Report of an investigation into the causes of malaria in Bombay and the measures necessary for its control
Disease focus: Malaria
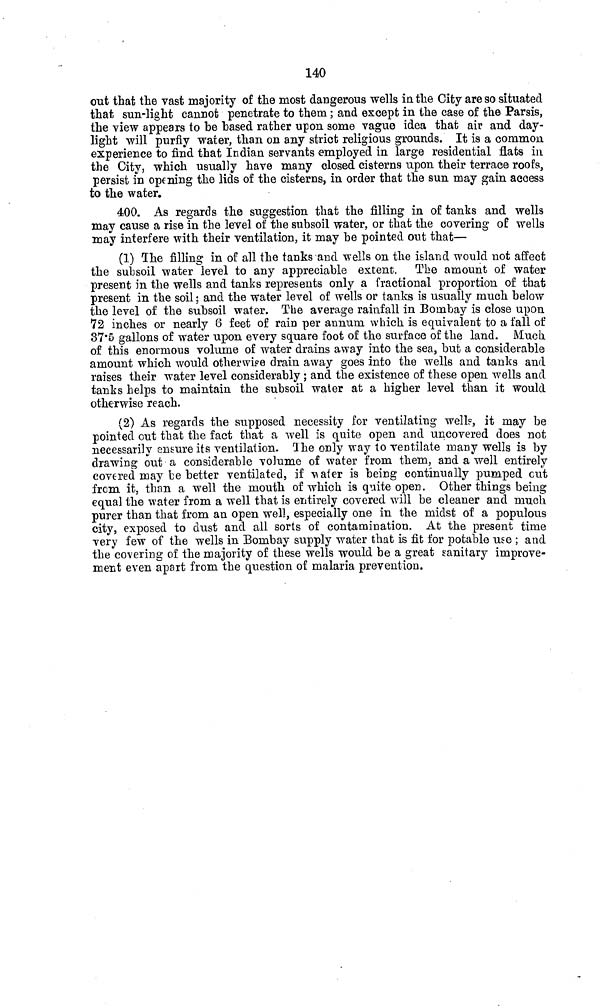
140
out that the vast majority of the most dangerous wells in the City are so situated
that sun-light cannot penetrate to them ; and except in the case of the Parsis,
the view appears to be based rather upon some vague idea that air and day-
light will purfiy water, than on any strict religious grounds. It is a common
experience to find that Indian servants employed in large residential flats in
the City, which usually have many closed cisterns upon their terrace roofs,
persist in opening the lids of the cisterns, in order that the sun may gain access
to the water.
400. As regards the suggestion that the filling in of tanks and wells
may cause a rise in the level of the subsoil water, or that the covering of wells
may interfere with their ventilation, it may be pointed out that—
(1) The filling in of all the tanks and wells on the island would not affect
the subsoil water level to any appreciable extent. The amount of water
present in the wells and tanks represents only a fractional proportion of that
present in the soil; and the water level of wells or tanks is usually much below
the level of the subsoil water. The average rainfall in Bombay is close upon
72 inches or nearly 8 feet of rain per annum which is equivalent to a. fall of
37.5 gallons of water upon every square foot of the surface of the land. Much,
of this enormous volume of water drains away into the sea, but a considerable
amount which would otherwise drain away goes into the wells and tanks and
raises their water level considerably; and the existence of these open wells and
tanks helps to maintain the subsoil water at a higher level than it would
otherwise reach.
(2) As regards the supposed necessity for ventilating well?, it may be
pointed out that the fact that a well is quite open and uncovered does not
necessarily ensure its ventilation. The only way to ventilate many wells is by
drawing out a considerable volume of water from them, and a well entirely
covered may be better ventilated, if water is being continually pumped cut
from it, than a well the mouth of which is quite open. Other things being
equal the water from a well that is entirely covered will be cleaner and much
purer than that from an open well, especially one in the midst of a populous
city, exposed to dust and all sorts of contamination. At the present time
very few of the wells in Bombay supply water that is fit for potable use ; and
the covering of the majority of these wells would be a great sanitary improve-
ment even apart from the question of malaria prevention.